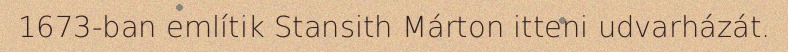
1673-ban említik Stansith Márton itteni udvarházát.